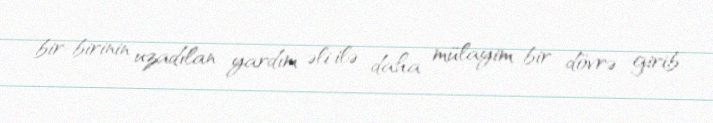
bir-birinin uzadılan yardım əli ilə daha mülayim bir dövrə girib.